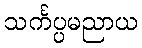
သင်္ကပ္ပမညာယ